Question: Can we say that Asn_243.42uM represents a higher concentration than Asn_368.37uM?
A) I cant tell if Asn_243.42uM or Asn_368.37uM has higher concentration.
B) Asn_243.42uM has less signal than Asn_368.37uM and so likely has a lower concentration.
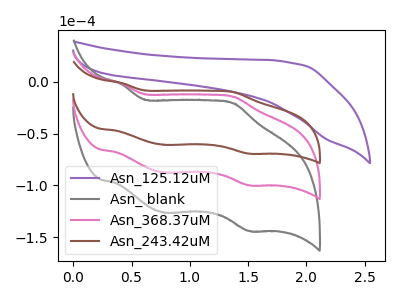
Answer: <think>The purple curve "Asn_125.12uM" has no peaks. The gray curve "Asn_ blank" has anodic peaks at (0.40V, -3.50uA) (1.40V, -29.20uA) and cathodic peaks at (0.80V, -175.70uA) (1.50V, -200.15uA). The pink curve "Asn_368.37uM" has anodic peaks at (0.40V, -1.75uA) (1.40V, -14.60uA) and cathodic peaks at (0.80V, -87.85uA) (1.50V, -100.05uA). The brown curve "Asn_243.42uM" has anodic peaks at (0.40V, -1.20uA) (1.40V, -10.15uA) and cathodic peaks at (0.80V, -60.95uA) (1.50V, -69.45uA).
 All the peaks in "Asn_243.42uM" have a peak in "Asn_368.37uM" at the same potential.</think>
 <answer>A) I cant tell if "Asn_243.42uM" or "Asn_368.37uM" has higher concentration.</answer>
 <eval>A</eval>